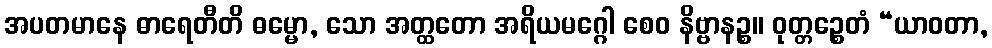
အပတမာနေ ဓာရေတီတိ ဓမ္မော, သော အတ္ထတော အရိယမဂ္ဂေါ စေဝ နိဗ္ဗာနဉ္စ။ ဝုတ္တဉ္စေတံ “ယာဝတာ,